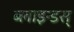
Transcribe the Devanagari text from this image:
ब्लाइन्डस्